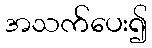
အသက်ပေး၍